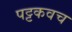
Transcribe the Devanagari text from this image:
पट्टकवच